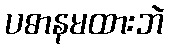
ပဓာနမထားဘဲ